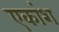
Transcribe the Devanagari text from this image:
एकांश